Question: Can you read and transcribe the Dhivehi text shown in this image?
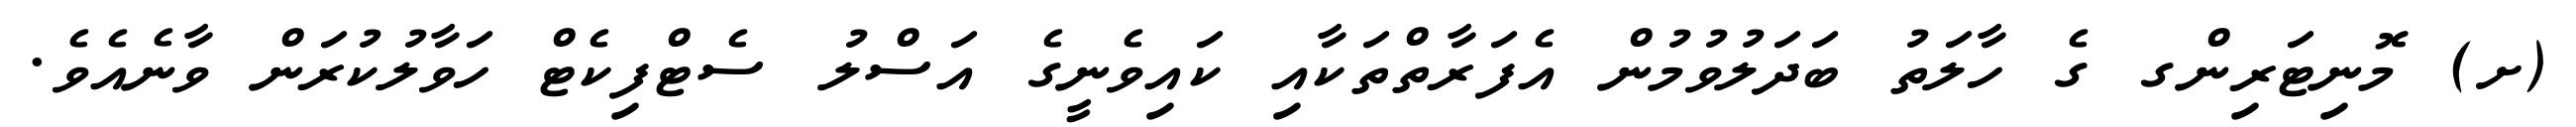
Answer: (ށ) މޮނިޓަރިންގ ގެ ހާލަތު ބަދަލުވުމުން އެފަރާތްތަކާއި ކައިވެނީގެ އަސްލު ސެޓްފިކެޓް ހަވާލުކުރަން ވާނެއެވެ.